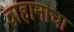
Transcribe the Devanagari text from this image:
वाहानाचा